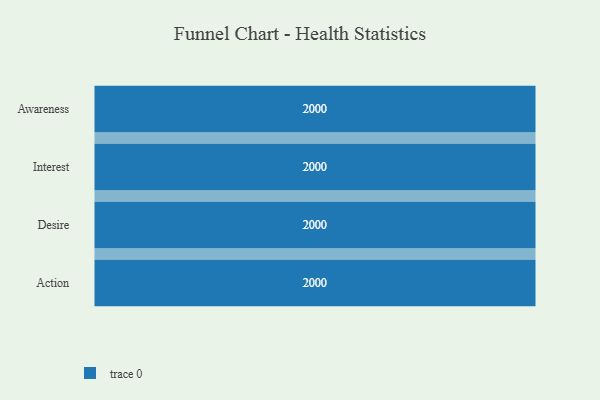
{"axis": {"x": "Stage", "y": "Value"}, "legend": [""], "data": [{"x": "Awareness", "y": 2000, "type": ""}, {"x": "Interest", "y": 2000, "type": ""}, {"x": "Desire", "y": 2000, "type": ""}, {"x": "Action", "y": 2000, "type": ""}]}